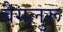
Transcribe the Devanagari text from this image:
बैगलुरू